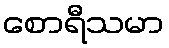
စောရီသမာ